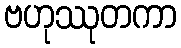
ဗဟုဿုတကာ